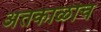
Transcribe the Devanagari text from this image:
अंतकाळीच